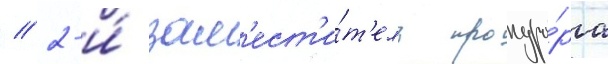
/ 2-и́ зам'ест'и́т'ель прокуро́ра